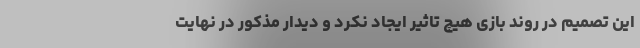
این تصمیم در روند بازی هیچ تاثیر ایجاد نکرد و دیدار مذکور در نهایت